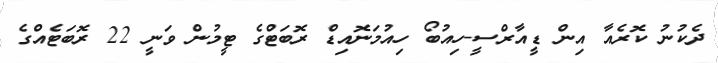
ދެކުނު ކޮރެއާ އިން ޑީއާރްސީ-ހިއުބޯ ހިއުމަނޮއިޑް ރޮބަޓްގެ ޓީމުން ވަނީ 22 ރޮބަޓެއްގެ